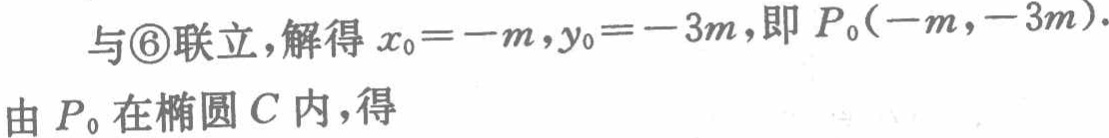
与\textcircled{6}联立，解得 \(x_{0}=-m,y_{0}=-3m\)，即 \(P_{0}(-m,-3m)\).

由 \(P_{0}\)在椭圆 \(C\)内，得